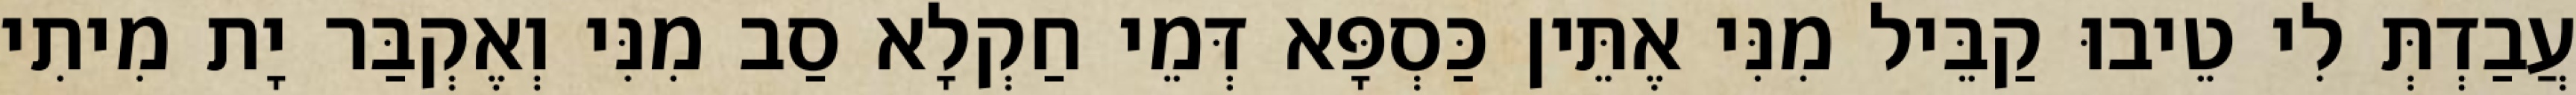
עֲבַדְתְּ לִי טֵיבוּ קַבֵּיל מִנִּי אֶתֵּין כַּסְפָּא דְּמֵי חַקְלָא סַב מִנִּי וְאֶקְבַּר יָת מִיתִי